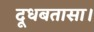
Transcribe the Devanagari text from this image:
दूधबतासा।